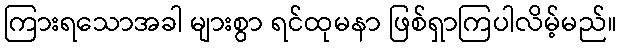
ကြားရသောအခါ များစွာ ရင်ထုမနာ ဖြစ်ရှာကြပါလိမ့်မည်။